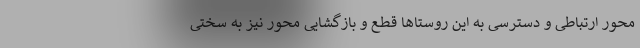
محور ارتباطی و دسترسی به این روستاها قطع و بازگشایی محور نیز به سختی